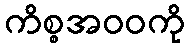
ကိစ္စအဝဝကို